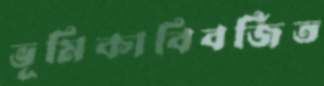
ভূমিকাবিবর্জিত